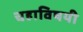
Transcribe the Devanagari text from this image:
चहाविषयी